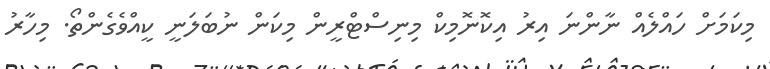
މިކަމަށް ހައްލެއް ނާންނަ އިރު އިކޮނޮމިކް މިނިސްޓްރީން މިކަން ނުބަލަނީ ކީއްވެގެންތޯ. މިހާރު